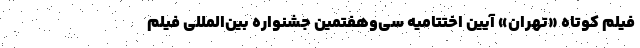
فیلم کوتاه «تهران» آیین اختتامیه سی‌وهفتمین جشنواره بین‌المللی فیلم